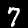
Label: 7